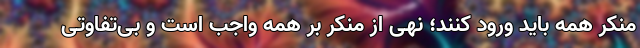
منکر همه باید ورود کنند؛ نهی از منکر بر همه واجب است و بی‌تفاوتی